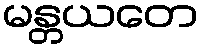
မန္တယတေ